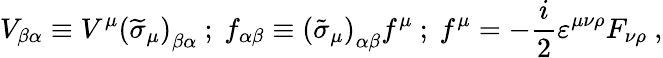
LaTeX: V_{\beta\alpha}\equiv V^{\mu}\left(\widetilde{\sigma}_{\mu}\right)_{\beta\alpha}\mathrm{~};\mathrm{~}f_{\alpha\beta}\equiv\left(\tilde{\sigma}_{\mu}\right)_{\alpha\beta}f^{\mu}\mathrm{~};\mathrm{~}f^{\mu}=-\frac i2\varepsilon^{\mu\nu\rho}F_{\nu\rho}\mathrm{~},